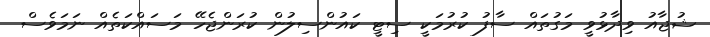
ޝުޖާއު ވިދާޅުވީ މަގުތައް ސާފު ކުރުމަކީ ސިޓީ ކައުންސިލުން ކުރަންޖެހޭ މަސައްކަތެއް ނަމަވެސް